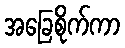
အခြေစိုက်ကာ